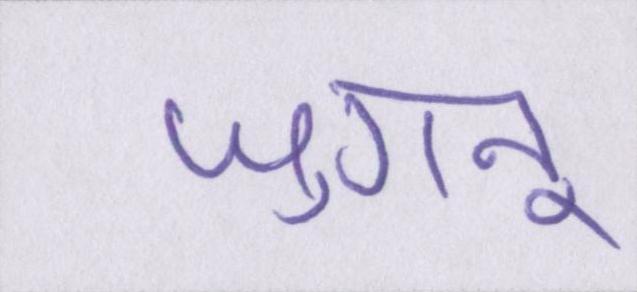
जुगनू